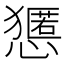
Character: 𱮬